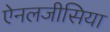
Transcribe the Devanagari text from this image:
ऐनलजीसिया